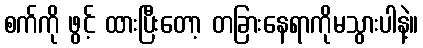
စက်ကို ဖွင့် ထားပြီးတော့ တခြားနေရာကိုမသွားပါနဲ့။